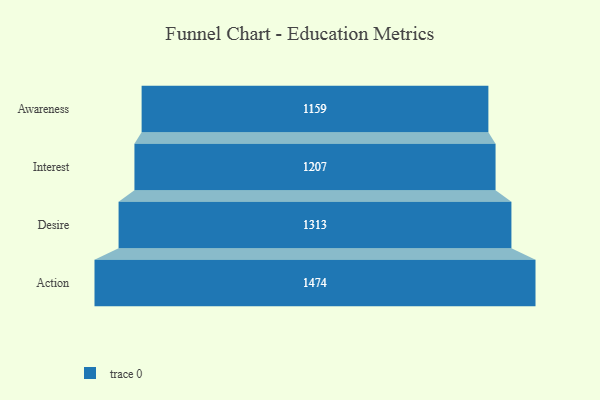
{"axis": {"x": "Stage", "y": "Value"}, "legend": [""], "data": [{"x": "Awareness", "y": 1159.0, "type": ""}, {"x": "Interest", "y": 1207.0, "type": ""}, {"x": "Desire", "y": 1313.0, "type": ""}, {"x": "Action", "y": 1474.0, "type": ""}]}